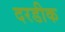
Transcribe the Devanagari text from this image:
दरडीक